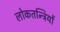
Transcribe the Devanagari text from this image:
लोकतन्त्रियों